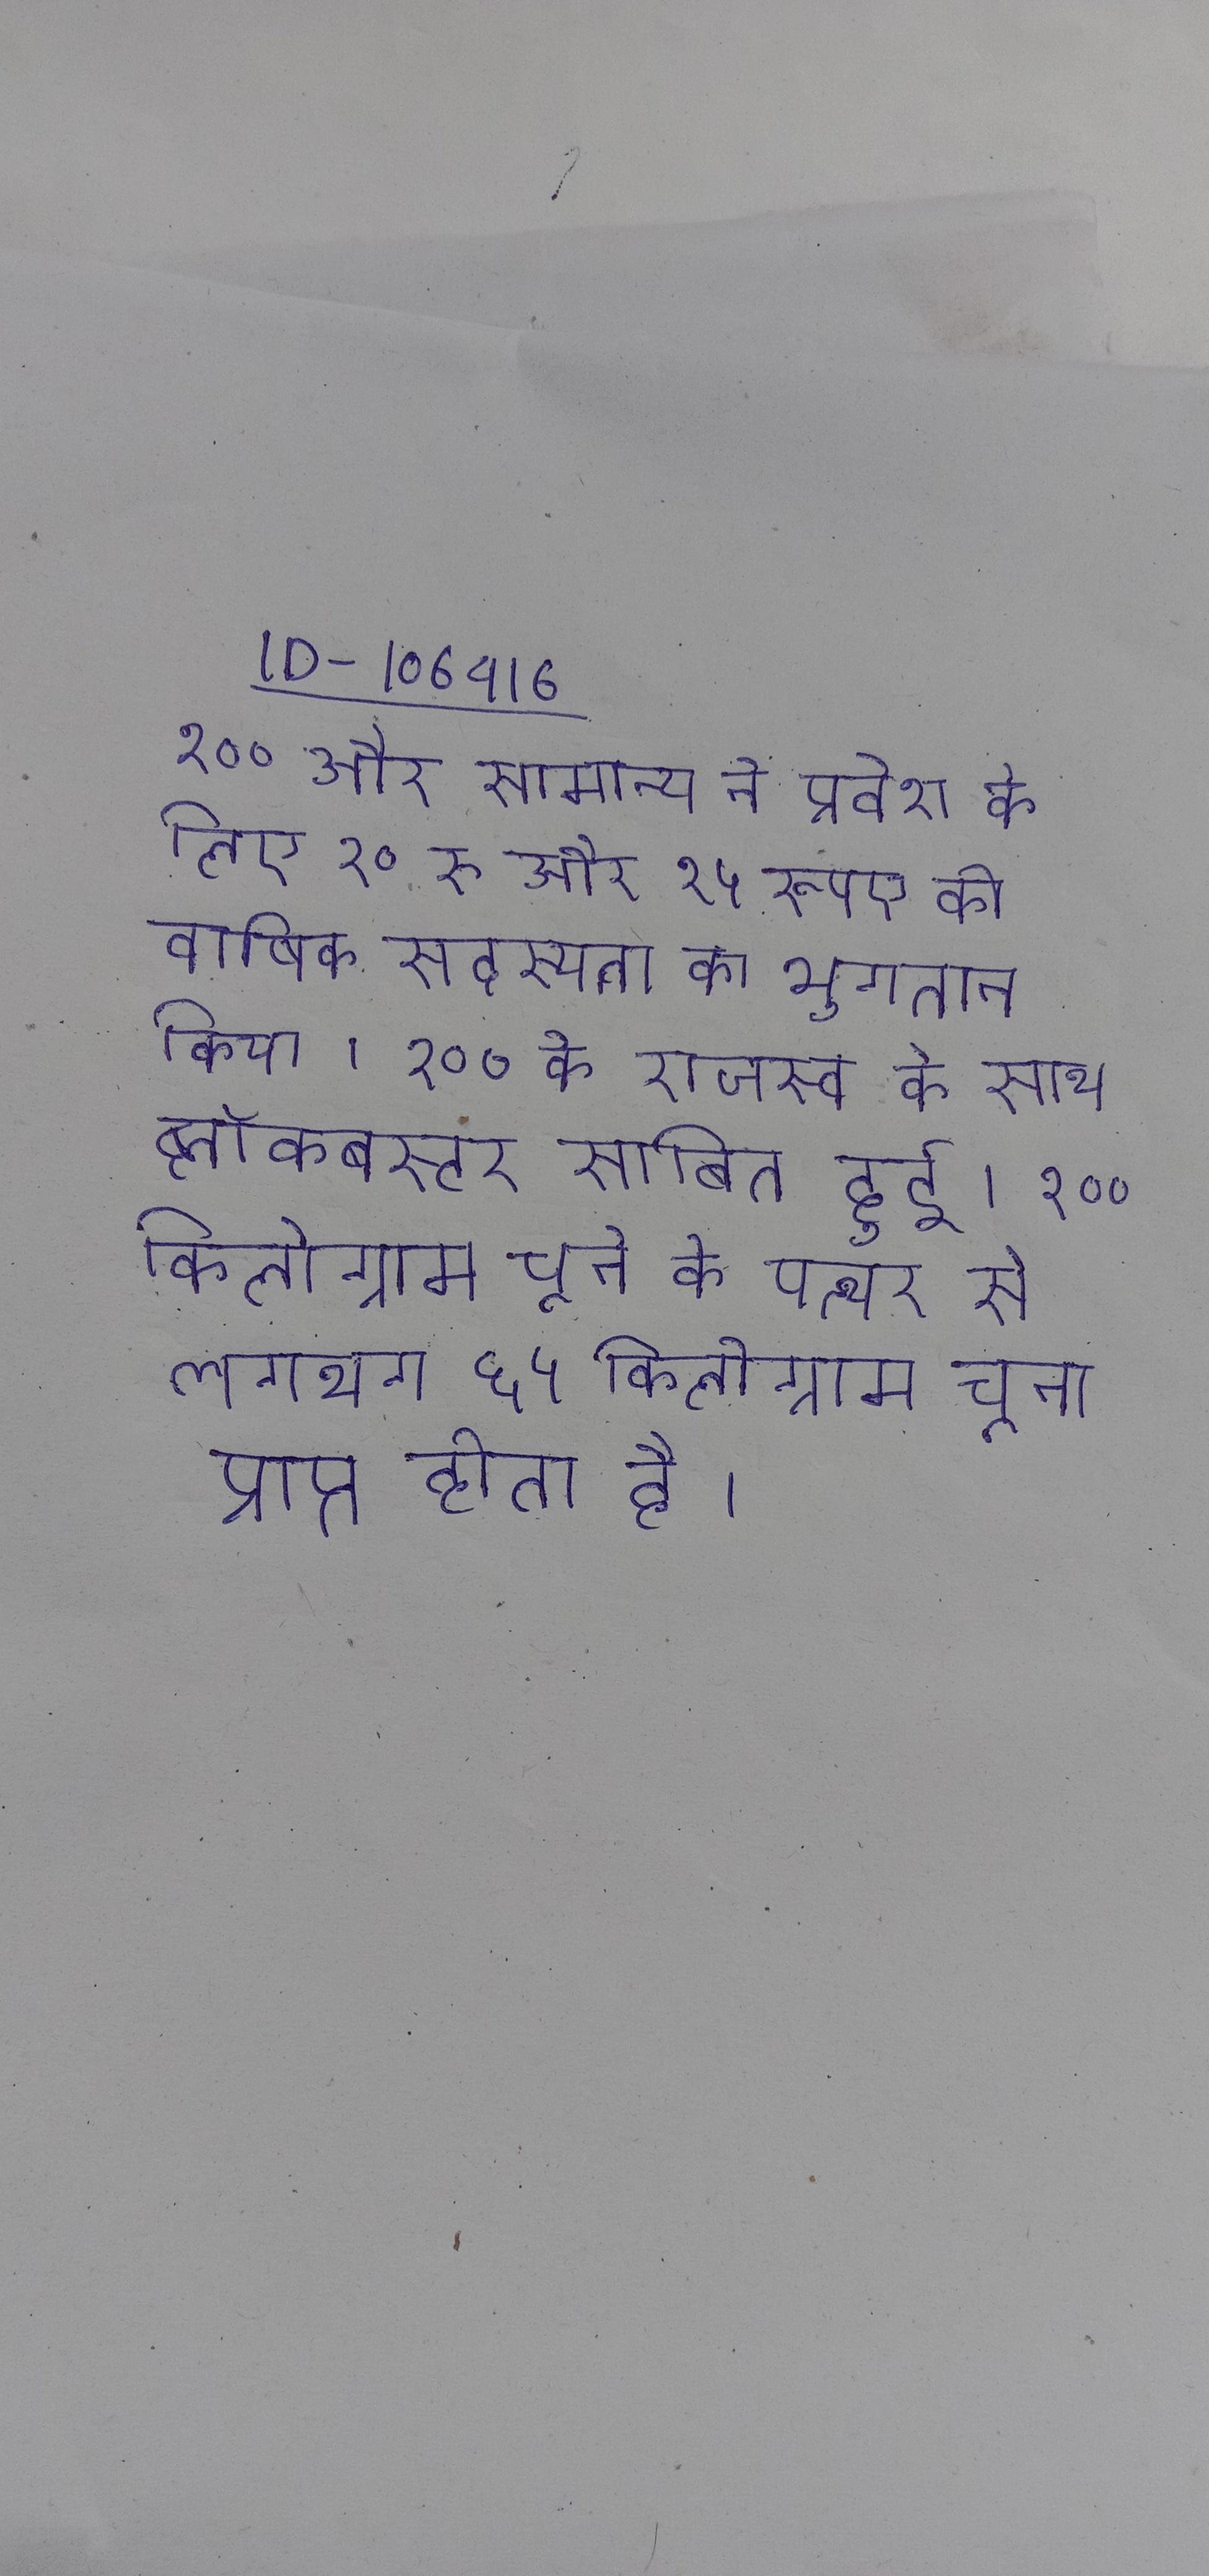
१०० और सामान्य ने प्रवेश के लिए १० रु और १५ रूपए की वार्षिक सदस्यता का भुगतान किया । १०० के राजस्व के साथ ब्लॉकबस्टर साबित हुई । १०० किलोग्राम चूने के पत्थर से लगभग ६५ किलोग्राम चूना प्राप्त होता है ।